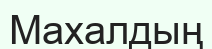
Махалдың